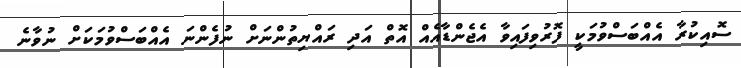
ސޮއިކުރާ އެއްބަސްވުމަކީ ފޮރުވިފައިވާ އެޖެންޑާއެއް އޮތް އަދި ރައްޔިތުންނަށް ނުފެންނަ އެއްބަސްވުމަކަށް ނުވާނެ